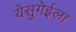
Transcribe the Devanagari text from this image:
येसुगेईला